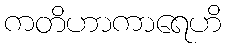
ကတိဟာကာရေဟိ